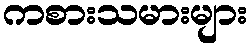
ကစားသမားများ